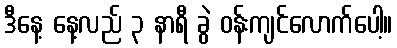
ဒီနေ့ နေ့လည် ၃ နာရီ ခွဲ ဝန်းကျင်လောက်ပေါ့။